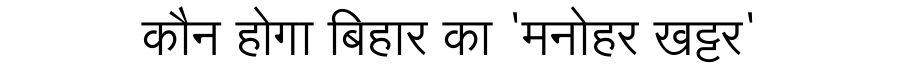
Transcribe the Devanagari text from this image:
कौन होगा बिहार का 'मनोहर खट्टर'